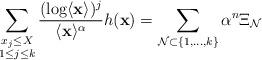
LaTeX: \begin{align*} \sum_{\substack{x_j \leq X\\ 1\le j \le k}} \frac{(\log\langle\mathbf{x}\rangle)^j }{\langle\mathbf{x}\rangle^{\alpha}}h(\mathbf{x}) = \sum_{{\cal N}\subset\{1,\dots,k\}} \alpha^n \Xi_{\cal N}\end{align*}